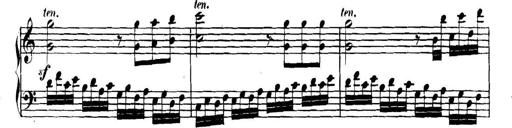
Title: Collected Piano Sonatas
Composer: Muzio Clementi